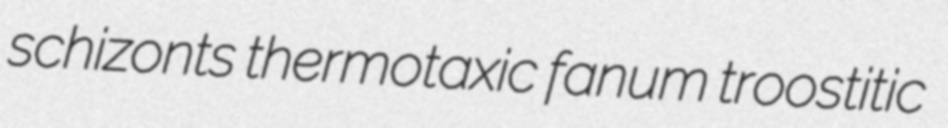
schizonts thermotaxic fanum troostitic